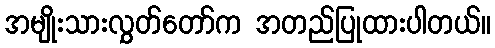
အမျိုးသားလွှတ်တော်က အတည်ပြုထားပါတယ်။